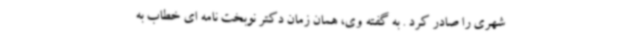
شهری را صادر کرد . به گفته وی، همان زمان دکتر نوبخت نامه ای خطاب به